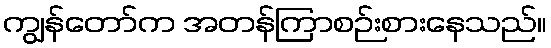
ကျွန်တော်က အတန်ကြာစဉ်းစားနေသည်။